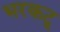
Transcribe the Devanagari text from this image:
भरकटू